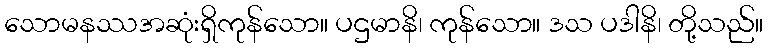
သောမနဿအဆုံးရှိကုန်သော။ ပဌမာနိ၊ ကုန်သော။ ဒသ ပဒါနိ၊ တို့သည်။